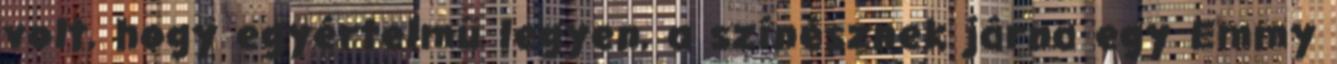
volt, hogy egyértelmű legyen, a színésznek járna egy Emmy